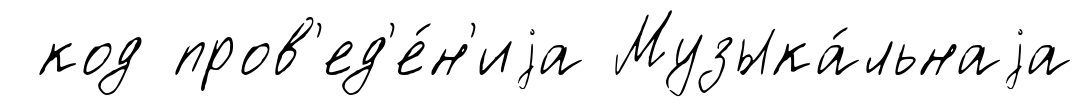
код пров'ед'е́н'иjа Музыка́льнаjа